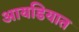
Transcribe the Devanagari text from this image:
आयडियात